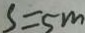
S = 5 m